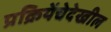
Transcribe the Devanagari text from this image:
प्रक्रियेंचेदेखील